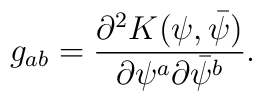
g_{ab}={ \partial^2 K(\psi, \bar\psi)\over \partial\psi^a\partial\bar\psi^b}.